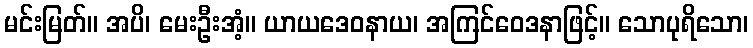
မင်းမြတ်။ အပိ၊ မေးဦးအံ့။ ယာယဒေဝနာယ၊ အကြင်ဝေဒနာဖြင့်။ သောပုရိသော၊